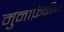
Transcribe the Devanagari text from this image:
मुनाफ़ेकीन